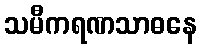
သမီကရဏသာဓနေ